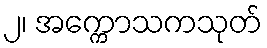
၂၊ အက္ကောသကသုတ်